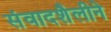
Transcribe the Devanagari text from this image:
संवादशैलीने